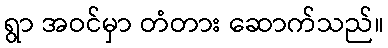
ရွာ အဝင်မှာ တံတား ဆောက်သည်။